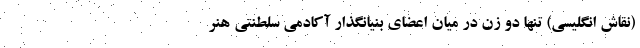
(نقاش انگلیسی) تنها دو زن در میان اعضای بنیانگذار آکادمی سلطنتی هنر